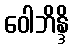
ဝေါဘိန္ဒိ